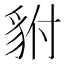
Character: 𮙨